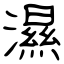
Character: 濕